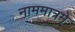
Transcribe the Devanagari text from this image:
नाममात्रमे